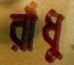
রাঁধু